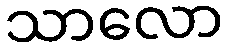
သာလော